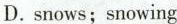
D.snows;snowing